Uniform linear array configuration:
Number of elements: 64
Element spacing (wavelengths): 1
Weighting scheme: hann
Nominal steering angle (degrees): -15
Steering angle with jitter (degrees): -16.021
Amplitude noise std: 0.05
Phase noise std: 0.05

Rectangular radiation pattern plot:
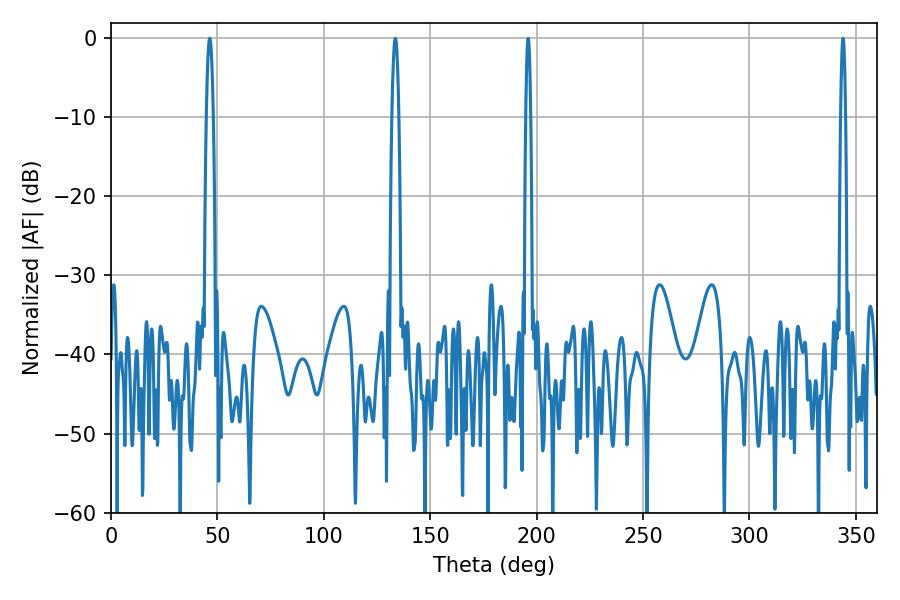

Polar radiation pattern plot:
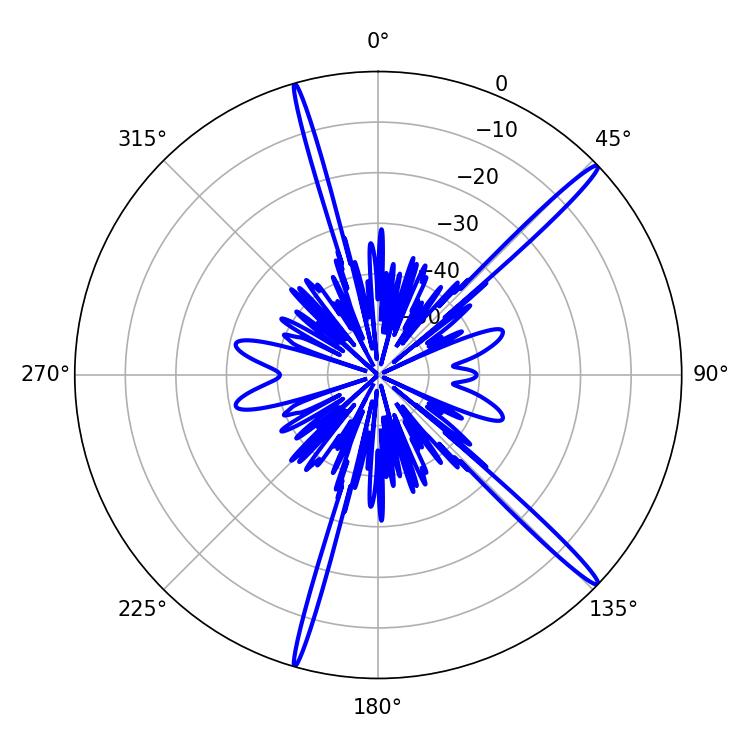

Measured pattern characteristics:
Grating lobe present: TRUE
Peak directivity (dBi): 17.399
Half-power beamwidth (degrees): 1.08
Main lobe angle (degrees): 196.02